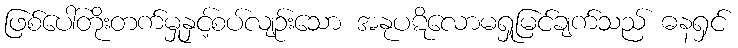
ဖြစ်ပေါ်တိုးတက်မှုနှင့်စပ်လျဉ်းသော အနုပဋိလောမရှုမြင်ချက်သည် ဓနရှင်